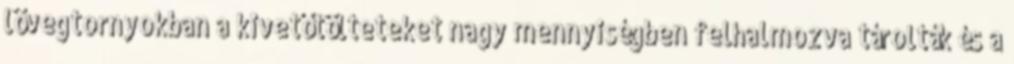
lövegtornyokban a kivetőtölteteket nagy mennyiségben felhalmozva tárolták és a